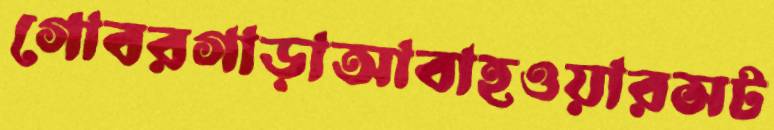
গোবরগাড়াআবাহওয়ারসট